Indian journal of veterinary science and animal husbandry - Volume 5,
Year: 1935
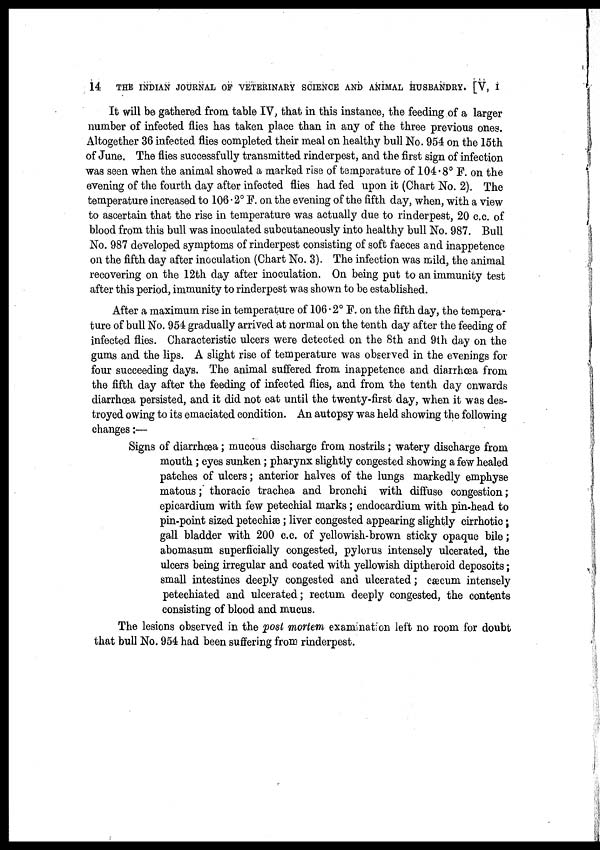
14 THE INDIAN JOURNAL OF VETERINARY SCIENCE AND ANIMAL HUSBANDRY. [V, I
It will be gathered from table IV, that in this instance, the feeding of a larger
number of infected flies has taken place than in any of the three previous ones.
Altogether 36 infected flies completed their meal on healthy bull No. 954 on the 15th
of June. The flies successfully transmitted rinderpest, and the first sign of infection
was seen when the animal showed a marked rise of temperature of 104.8° F. on the
evening of the fourth day after infected flies had fed upon it (Chart No. 2). The
temperature increased to 106. 2° F. on the evening of the fifth day, when, with a view
to ascertain that the rise in temperature was actually due to rinderpest, 20 c.c. of
blood from this bull was inoculated subcutaneously into healthy bull No. 987. Bull
No. 987 developed symptoms of rinderpest consisting of soft faeces and inappetence
on the fifth day after inoculation (Chart No. 3). The infection was mild, the animal
recovering on the 12th day after inoculation. On being put to an immunity test
after this period, immunity to rinderpest was shown to be established.
After a maximum rise in temperature of 106.2° F. on the fifth day, the tempera-
ture of bull No. 954 gradually arrived at normal on the tenth day after the feeding of
infected flies. Characteristic ulcers were detected on the 8th and 9th day on the
gums and the lips. A slight rise of temperature was observed in the evenings for
four succeeding days. The animal suffered from inappetence and diarrhœa from
the fifth day after the feeding of infected flies, and from the tenth day onwards
diarrhœa persisted, and it did not eat until the twenty-first day, when it was des-
troyed owing to its emaciated condition. An autopsy was held showing the following
changes:—
Signs of diarrhœa; mucous discharge from nostrils; watery discharge from
mouth ; eyes sunken; pharynx slightly congested showing a few healed
patches of ulcers; anterior halves of the lungs markedly emphyse
matous; thoracic trachea and bronchi with diffuse congestion;
epicardium with few petechial marks; endocardium with pin-head to
pin-point sized petechiæ; liver congested appearing slightly cirrhotic;
gall bladder with 200 c.c. of yellowish-brown sticky opaque bile;
abomasum superficially congested, pylorus intensely ulcerated, the
ulcers being irregular and coated with yellowish diptheroid deposoits;
small intestines deeply congested and ulcerated; cæcum intensely
petechiated and ulcerated; rectum deeply congested, the contents
consisting of blood and mucus.
The lesions observed in the post mortem examination left no room for doubt
that bull No. 954 had been suffering from rinderpest.